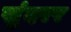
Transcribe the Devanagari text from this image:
सुंदरर